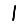
Digit: 1